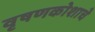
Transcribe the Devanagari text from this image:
वृषणकोशाचे